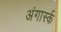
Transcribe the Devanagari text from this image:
अंगार्स्क